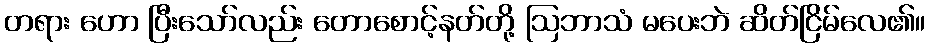
တရား ဟော ပြီးသော်လည်း တောစောင့်နတ်တို့ ဩဘာသံ မပေးဘဲ ဆိတ်ငြိမ်လေ၏။